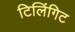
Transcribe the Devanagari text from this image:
टिलिंगिट